Report on vaccination in the Province of Bengal - 1869-1873
Year: 1869
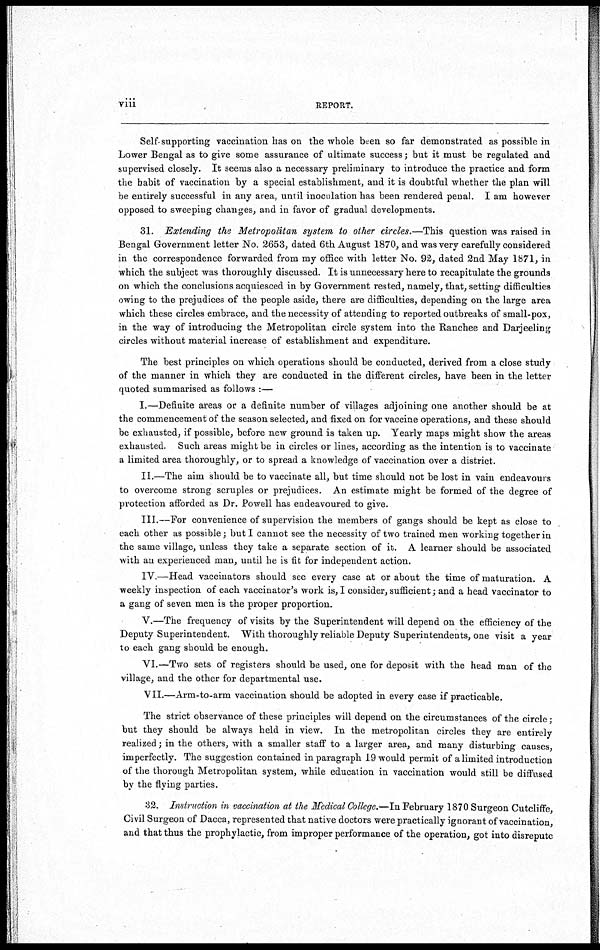
viii
REPORT.
Self-supporting vaccination has on the whole been so far demonstrated as possible in
Lower Bengal as to give some assurance of ultimate success; but it must be regulated and
supervised closely. It seems also a necessary preliminary to introduce the practice and form
the habit of vaccination by a special establishment, and it is doubtful whether the plan will
be entirely successful in any area, until inoculation has been rendered penal. I am however
opposed to sweeping changes, and in favor of gradual developments.
31. Extending the Metropolitan system to other circles.—This question was raised in
Bengal Government letter No. 2653, dated 6th August 1870, and was very carefully considered
in the correspondence forwarded from my office with letter No. 92, dated 2nd May 1871, in
which the subject was thoroughly discussed. It is unnecessary here to recapitulate the grounds
on which the conclusions acquiesced in by Government rested, namely, that, setting difficulties
owing to the prejudices of the people aside, there are difficulties, depending on the large area
which these circles embrace, and the necessity of attending to reported outbreaks of small-pox,
in the way of introducing the Metropolitan circle system into the Ranchee and Darjeeling
circles without material increase of establishment and expenditure.
The best principles on which operations should be conducted, derived from a close study
of the manner in which they are conducted in the different circles, have been in the letter
quoted summarised as follows :—
I.—Definite areas or a definite number of villages adjoining one another should be at
the commencement of the season selected, and fixed on for vaccine operations, and these should
be exhausted, if possible, before new ground is taken up. Yearly maps might show the areas
exhausted. Such areas might be in circles or lines, according as the intention is to vaccinate
a limited area thoroughly, or to spread a knowledge of vaccination over a district.
II.—The aim should be to vaccinate all, but time should not be lost in vain endeavours
to overcome strong scruples or prejudices. An estimate might be formed of the degree of
protection afforded as Dr. Powell has endeavoured to give.
III.—For convenience of supervision the members of gangs should be kept as close to
each other as possible; but I cannot see the necessity of two trained men working together in
the same village, unless they take a separate section of it. A learner should be associated
with an experienced man, until he is fit for independent action.
IV.—Head vaccinators should see every case at or about the time of maturation. A
weekly inspection of each vaccinator's work is, I consider, sufficient; and a head vaccinator to
a gang of seven men is the proper proportion.
V.—The frequency of visits by the Superintendent will depend on the efficiency of the
Deputy Superintendent. With thoroughly reliable Deputy Superintendents, one visit a year
to each gang should be enough.
VI.—Two sets of registers should be used, one for deposit with the head man of the
village, and the other for departmental use.
VII.—Arm-to-arm vaccination should be adopted in every case if practicable.
The strict observance of these principles will depend on the circumstances of the circle;
but they should be always held in view. In the metropolitan circles they are entirely
realized; in the others, with a smaller staff to a larger area, and many disturbing causes,
imperfectly. The suggestion contained in paragraph 19 would permit of a limited introduction
of the thorough Metropolitan system, while education in vaccination would still be diffused
by the flying parties.
32. Instruction in vaccination at the Medical College.—In February 1870 Surgeon Cutcliffe,
Civil Surgeon of Dacca, represented that native doctors were practically ignorant of vaccination,
and that thus the prophylactic, from improper performance of the operation, got into disrepute